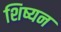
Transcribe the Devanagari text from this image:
शिष्यन